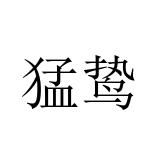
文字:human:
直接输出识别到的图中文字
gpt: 猛鸷